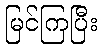
မြင်ကြပြီး